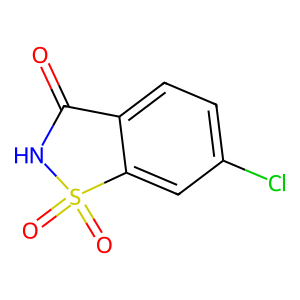
SMILES: O=C1NS(=O)(=O)c2cc(Cl)ccc21
Inhibits HIV replication: No